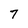
Character: 7